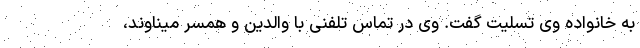
به خانواده وی تسلیت گفت. وی در تماس تلفنی با والدین و همسر میناوند،